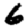
Digit: 6